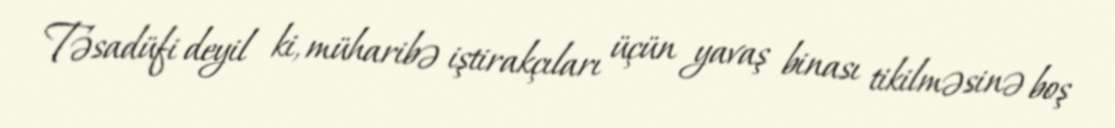
Təsadüfi deyil ki, müharibə iştirakçıları üçün yavaş binası tikilməsinə boş